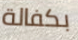
بكفالة